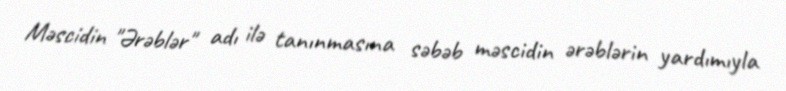
Məscidin "Ərəblər" adı ilə tanınmasına səbəb məscidin ərəblərin yardımıyla